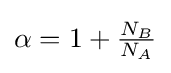
\alpha =1+{\tfrac {{N}_{B}}{{N}_{A}}}